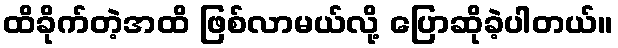
ထိခိုက်တဲ့အထိ ဖြစ်လာမယ်လို့ ပြောဆိုခဲ့ပါတယ်။